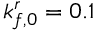
k _ { f , 0 } ^ { r } = 0 . 1